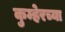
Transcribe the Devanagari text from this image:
कुम्हेरच्या